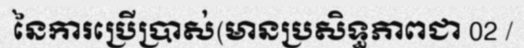
នៃការប្រើប្រាស់(មានប្រសិទ្ធភាពជា 02 /